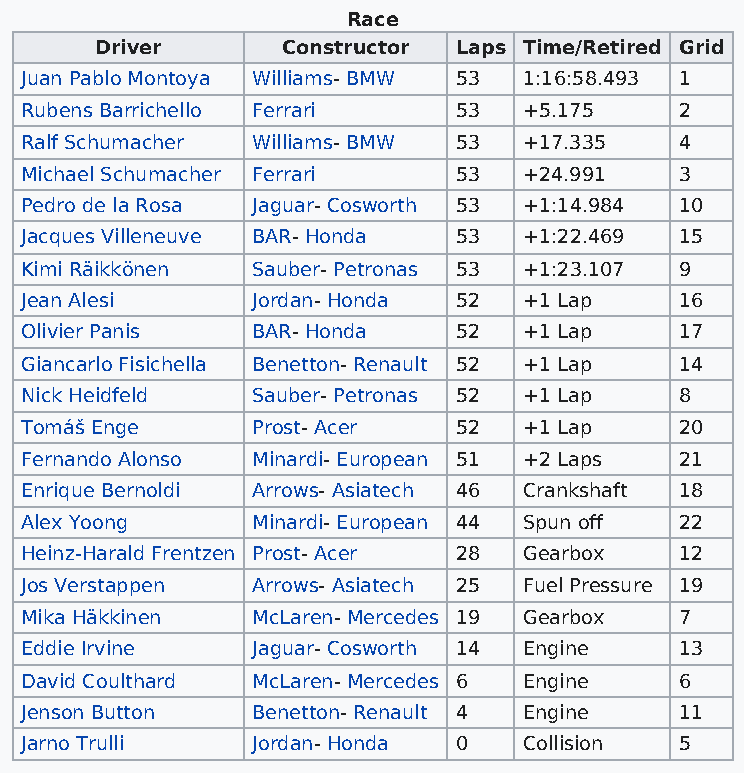
Race
 Driver       Constructor Laps Time/Retired Grid
 Juan Pablo Montoya Williams- BMW 53 1:16:58.493 1
 Rubens Barrichello Ferrari   53   +5.175    2
 Ralf Schumacher Williams- BMW 53  +17.335   4
 Michael Schumacher Ferrari   53   +24.991   3
 Pedro de la Rosa Jaguar- Cosworth 53 +1:14.984 10
 Jacques Villeneuve BAR- Honda 53  +1:22.469 15
 Kimi Räikkönen  Sauber- Petronas 53 +1:23.107 9
 Jean Alesi      Jordan- Honda 52  +1 Lap    16
 Olivier Panis   BAR- Honda   52   +1 Lap    17
 Giancarlo Fisichella Benetton- Renault 52 +1 Lap 14
 Nick Heidfeld   Sauber- Petronas 52 +1 Lap  8
 Tomáš Enge      Prost- Acer  52   +1 Lap    20
 Fernando Alonso Minardi- European 51 +2 Laps 21
 Enrique Bernoldi Arrows- Asiatech 46 Crankshaft 18
 Alex Yoong      Minardi- European 44 Spun off 22
 Heinz-Harald Frentzen Prost- Acer 28 Gearbox 12
 Jos Verstappen  Arrows- Asiatech 25 Fuel Pressure 19
 Mika Häkkinen   McLaren- Mercedes 19 Gearbox 7
 Eddie Irvine    Jaguar- Cosworth 14 Engine  13
 David Coulthard McLaren- Mercedes 6 Engine  6
 Jenson Button   Benetton- Renault 4 Engine  11
 Jarno Trulli    Jordan- Honda 0   Collision 5